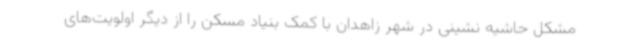
مشکل حاشیه نشینی در شهر زاهدان با کمک بنیاد مسکن را از دیگر اولویت‌های